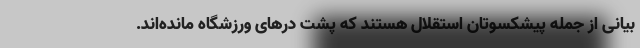
بیانی از جمله پیشکسوتان استقلال هستند که پشت درهای ورزشگاه مانده‌اند.